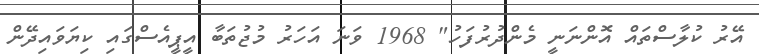
އޭރު ކުލާސްތައް އޮންނަނީ މެންދުރުފަހު" 1968 ވަނަ އަހަރު މުޖުތަބާ އީޕީއެސްގައި ކިޔަވައިދޭން